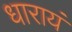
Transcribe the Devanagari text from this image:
धारायं